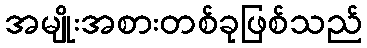
အမျိုးအစားတစ်ခုဖြစ်သည်